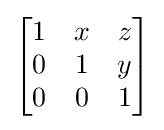
{\begin{bmatrix}1&x&z\\0&1&y\\0&0&1\end{bmatrix}}